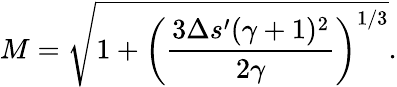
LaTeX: M=\sqrt{1+\left(\frac{3\Delta s^{\prime}(\gamma+1)^{2}}{2\gamma}\right)^{1/3}}.